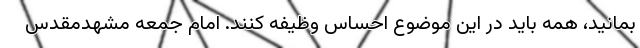
بمانید، همه باید در این موضوع احساس وظیفه کنند. امام جمعه مشهدمقدس